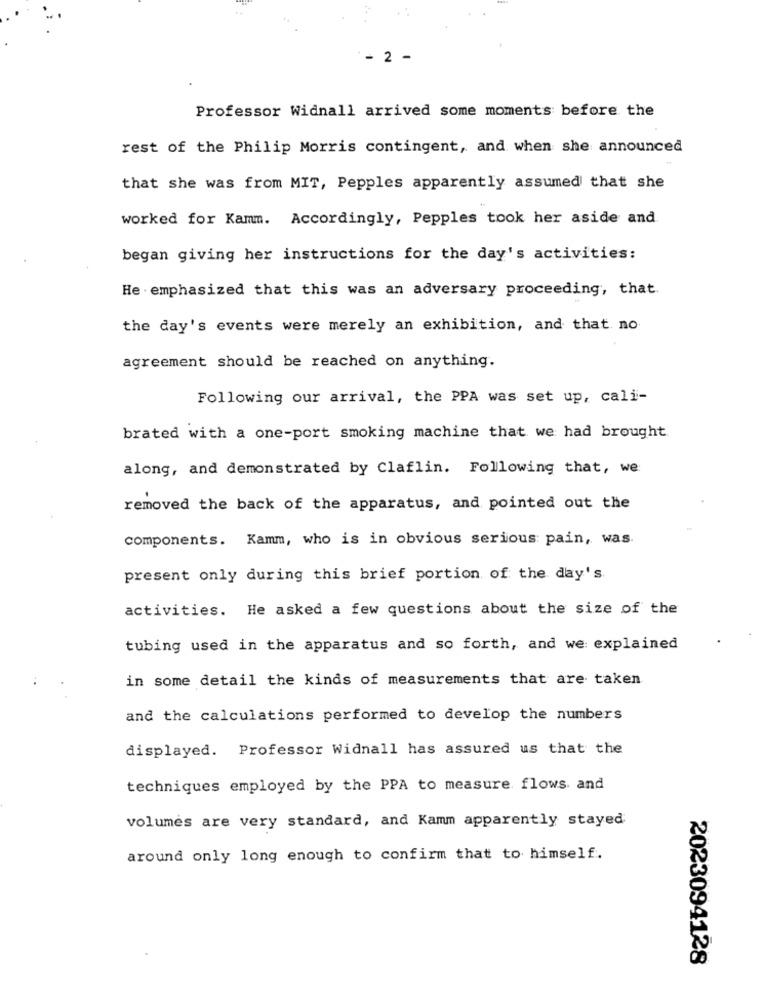
2
Professor Widnall arrived some moments before the
rest of the Philip Morris contingent, and when she announced
that she was from MIT, Pepples apparently assumed that she
worked for Kamm. Accordingly, Pepples took her aside and.
began giving her instructions for the day's activities:
He emphasized that this was an adversary proceeding, that.
the day's events were merely an exhibition, and that no
agreement should be reached on anything.
Following our arrival, the PPA was set up, cali-
brated with a one-port smoking machine that we had brought
along, and demonstrated by Claflin. Following that, we:
removed the back of the apparatus, and pointed out the
components. Kamm, who is in obvious serious pain, was
present only during this brief portion of the day's.
activities. He asked a few questions about the size of the
tubing used in the apparatus and so forth, and we explained
in some detail the kinds of measurements that are taken
and the calculations performed to develop the numbers
displayed. Professor Widnall has assured us that the
techniques employed by the PPA to measure. flows. and
volumes are very standard, and Kamm apparently stayed
around only long enough to confirm that to himself.
2023094128